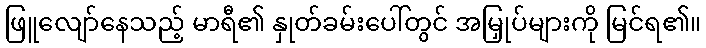
ဖြူလျော်နေသည့် မာရီ၏ နှုတ်ခမ်းပေါ်တွင် အမြှုပ်များကို မြင်ရ၏။